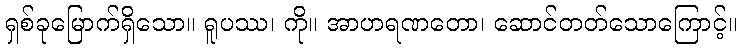
ရှစ်ခုမြောက်ရှိသော။ ရူပဿ၊ ကို။ အာဟရဏတော၊ ဆောင်တတ်သောကြောင့်။